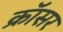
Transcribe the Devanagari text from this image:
क्रॉसर